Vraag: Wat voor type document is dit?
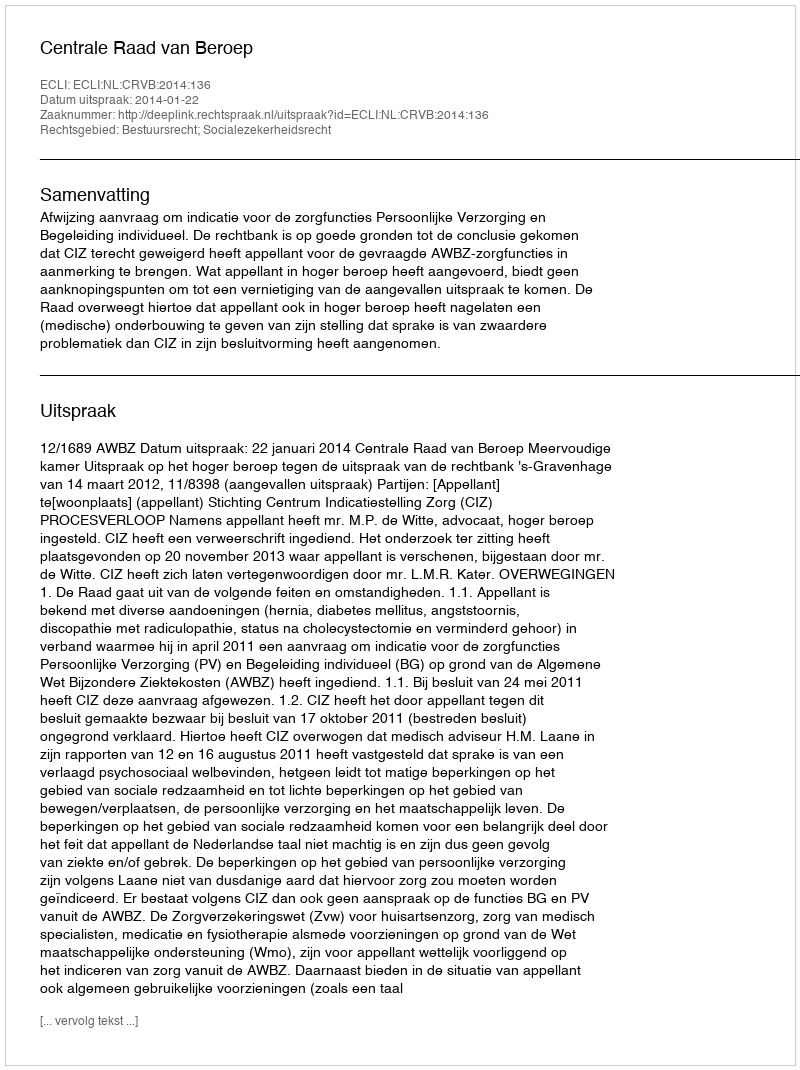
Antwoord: Uitspraak